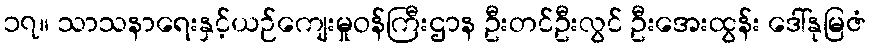
၁၇။ သာသနာရေးနှင့်ယဉ်ကျေးမှုဝန်ကြီးဌာန ဦးတင်ဦးလွင် ဦးအေးထွန်း ဒေါ်နုမြဇံ